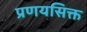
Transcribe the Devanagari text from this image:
प्रणयसिक्त